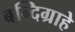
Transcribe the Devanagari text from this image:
बन्दिग्राहे